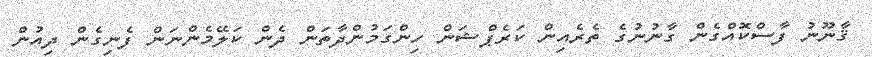
ޤާނޫނު ފާސްކޮއްގެން ގާނުނުގެ ތެރެއިން ކަރެޕްޝަން ހިންގަމުންދާތަން ދެން ކަލޭމެންނަން ފެނިގެން ދިއުން